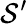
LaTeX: \mathcal{S}^{\prime}